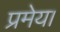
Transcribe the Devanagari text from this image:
प्रमेय।